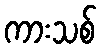
ကားသစ်